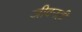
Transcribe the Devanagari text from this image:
जीवनही